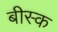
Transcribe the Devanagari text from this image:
बीस्क